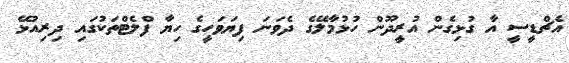
އެޗްޑީސީ އާ ގުޅިގެން އުރީދޫން ހުޅުމާލޭގެ ދެވަނަ ފިޔަވަހީގެ ހިޔާ ފްލެޓްތަކުގައި ދިރިއުޅޭ